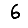
Digit: 6